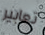
تعابير